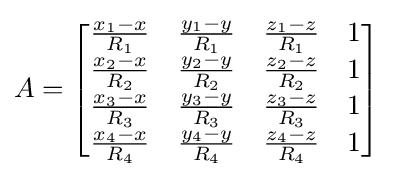
A={\begin{bmatrix}{\frac {x_{1}-x}{R_{1}}}&{\frac {y_{1}-y}{R_{1}}}&{\frac {z_{1}-z}{R_{1}}}&1\\{\frac {x_{2}-x}{R_{2}}}&{\frac {y_{2}-y}{R_{2}}}&{\frac {z_{2}-z}{R_{2}}}&1\\{\frac {x_{3}-x}{R_{3}}}&{\frac {y_{3}-y}{R_{3}}}&{\frac {z_{3}-z}{R_{3}}}&1\\{\frac {x_{4}-x}{R_{4}}}&{\frac {y_{4}-y}{R_{4}}}&{\frac {z_{4}-z}{R_{4}}}&1\end{bmatrix}}